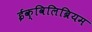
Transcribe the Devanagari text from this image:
ईक्विलिब्रियम